Report on the working of the Ranchi Indian Mental Hospital, Kanke, in Bihar and Orissa - 1930-1940
Year: 1930
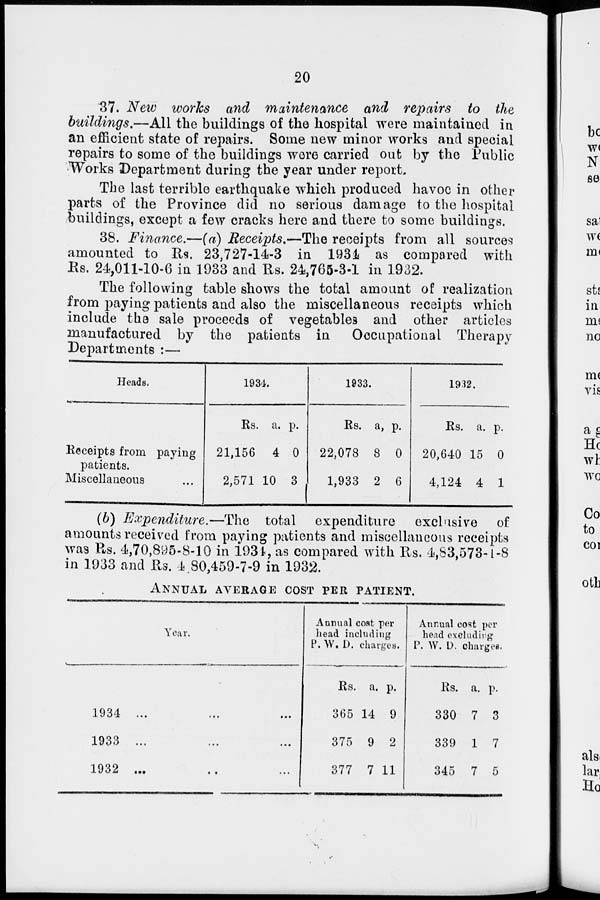
20
37. New works and maintenance and repairs to the
buildings.—All the buildings of the hospital were maintained in
an efficient state of repairs. Some new minor works and special
repairs to some of the buildings were carried out by the Public
Works Department during the year under report.
The last terrible earthquake which produced havoc in other
parts of the Province did no serious damage to the hospital
buildings, except a few cracks here and there to some buildings.
38. Finance.—(a) Receipts.—The receipts from all sources
amounted to Rs. 23,727-14-3 in 1934 as compared with
Rs. 24,011-10-6 in 1933 and Rs. 24,765-3-1 in 1932.
The following table shows the total amount of realization
from paying patients and also the miscellaneous receipts which
include the sale proceeds of vegetables and other articles
manufactured by the patients in
Occupational Therapy
Departments :—
Heads.
Receipts from paying
patients.
Miscellaneous ...
1934.
Rs.
21,156
2,571
a.
4
10
p.
0
3
1933.
Rs.
22,078
1,933
a.
8
2
p.
0
6
1932.
Rs.
20,640
4,124
a.
15
4
p.
0
1
(b) Expenditure.—The
total expenditure exclusive of
amounts received from paying patients and miscellaneons receipts
was Rs. 4,70,895-8-10 in 1934, as compared with Rs. 4,83,573-1-8
in 1933 and Rs. 4,80,459-7-9 in 1932.
ANNUAL AVERAGE COST PER PATIENT.
Year.
1934
... ... ...
1933
...
...
...
1932
...
...
...
Annual cost per
head including
P.W. D. charges.
Rs.
365
375
377
a.
14
9
7
p.
9
2
11
Annual cost per
head excluding
P. W. D. charges.
Rs.
330
339
345
a.
7
1
7
p.
3
7
5